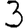
Digit: 3